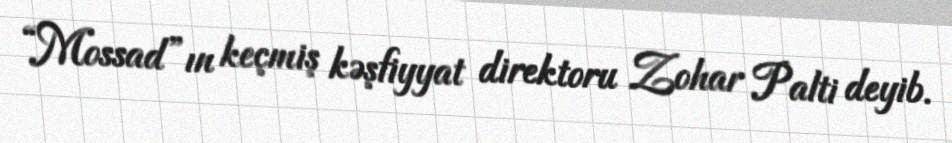
“Mossad”ın keçmiş kəşfiyyat direktoru Zohar Palti deyib.